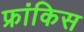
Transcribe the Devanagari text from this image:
फ्रांकिस